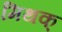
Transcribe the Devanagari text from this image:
मिथक्